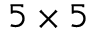
5 \times 5